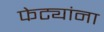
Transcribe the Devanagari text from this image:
फेट्यांना